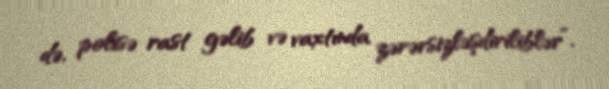
də, polisə rast gəlib və vaxtında zərərsizləşdiriliblər”.